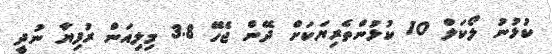
ކުޅުނު ލޯކަލް 10 ކުޅުންތެރިޔަކަށް ދޭން ޖެހޭ 3.8 މިލިއަން ރުފިޔާ ނުދީ